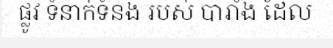
ផ្លូវ ទំនាក់ទំនង របស់ បារាំង ដែល